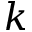
k